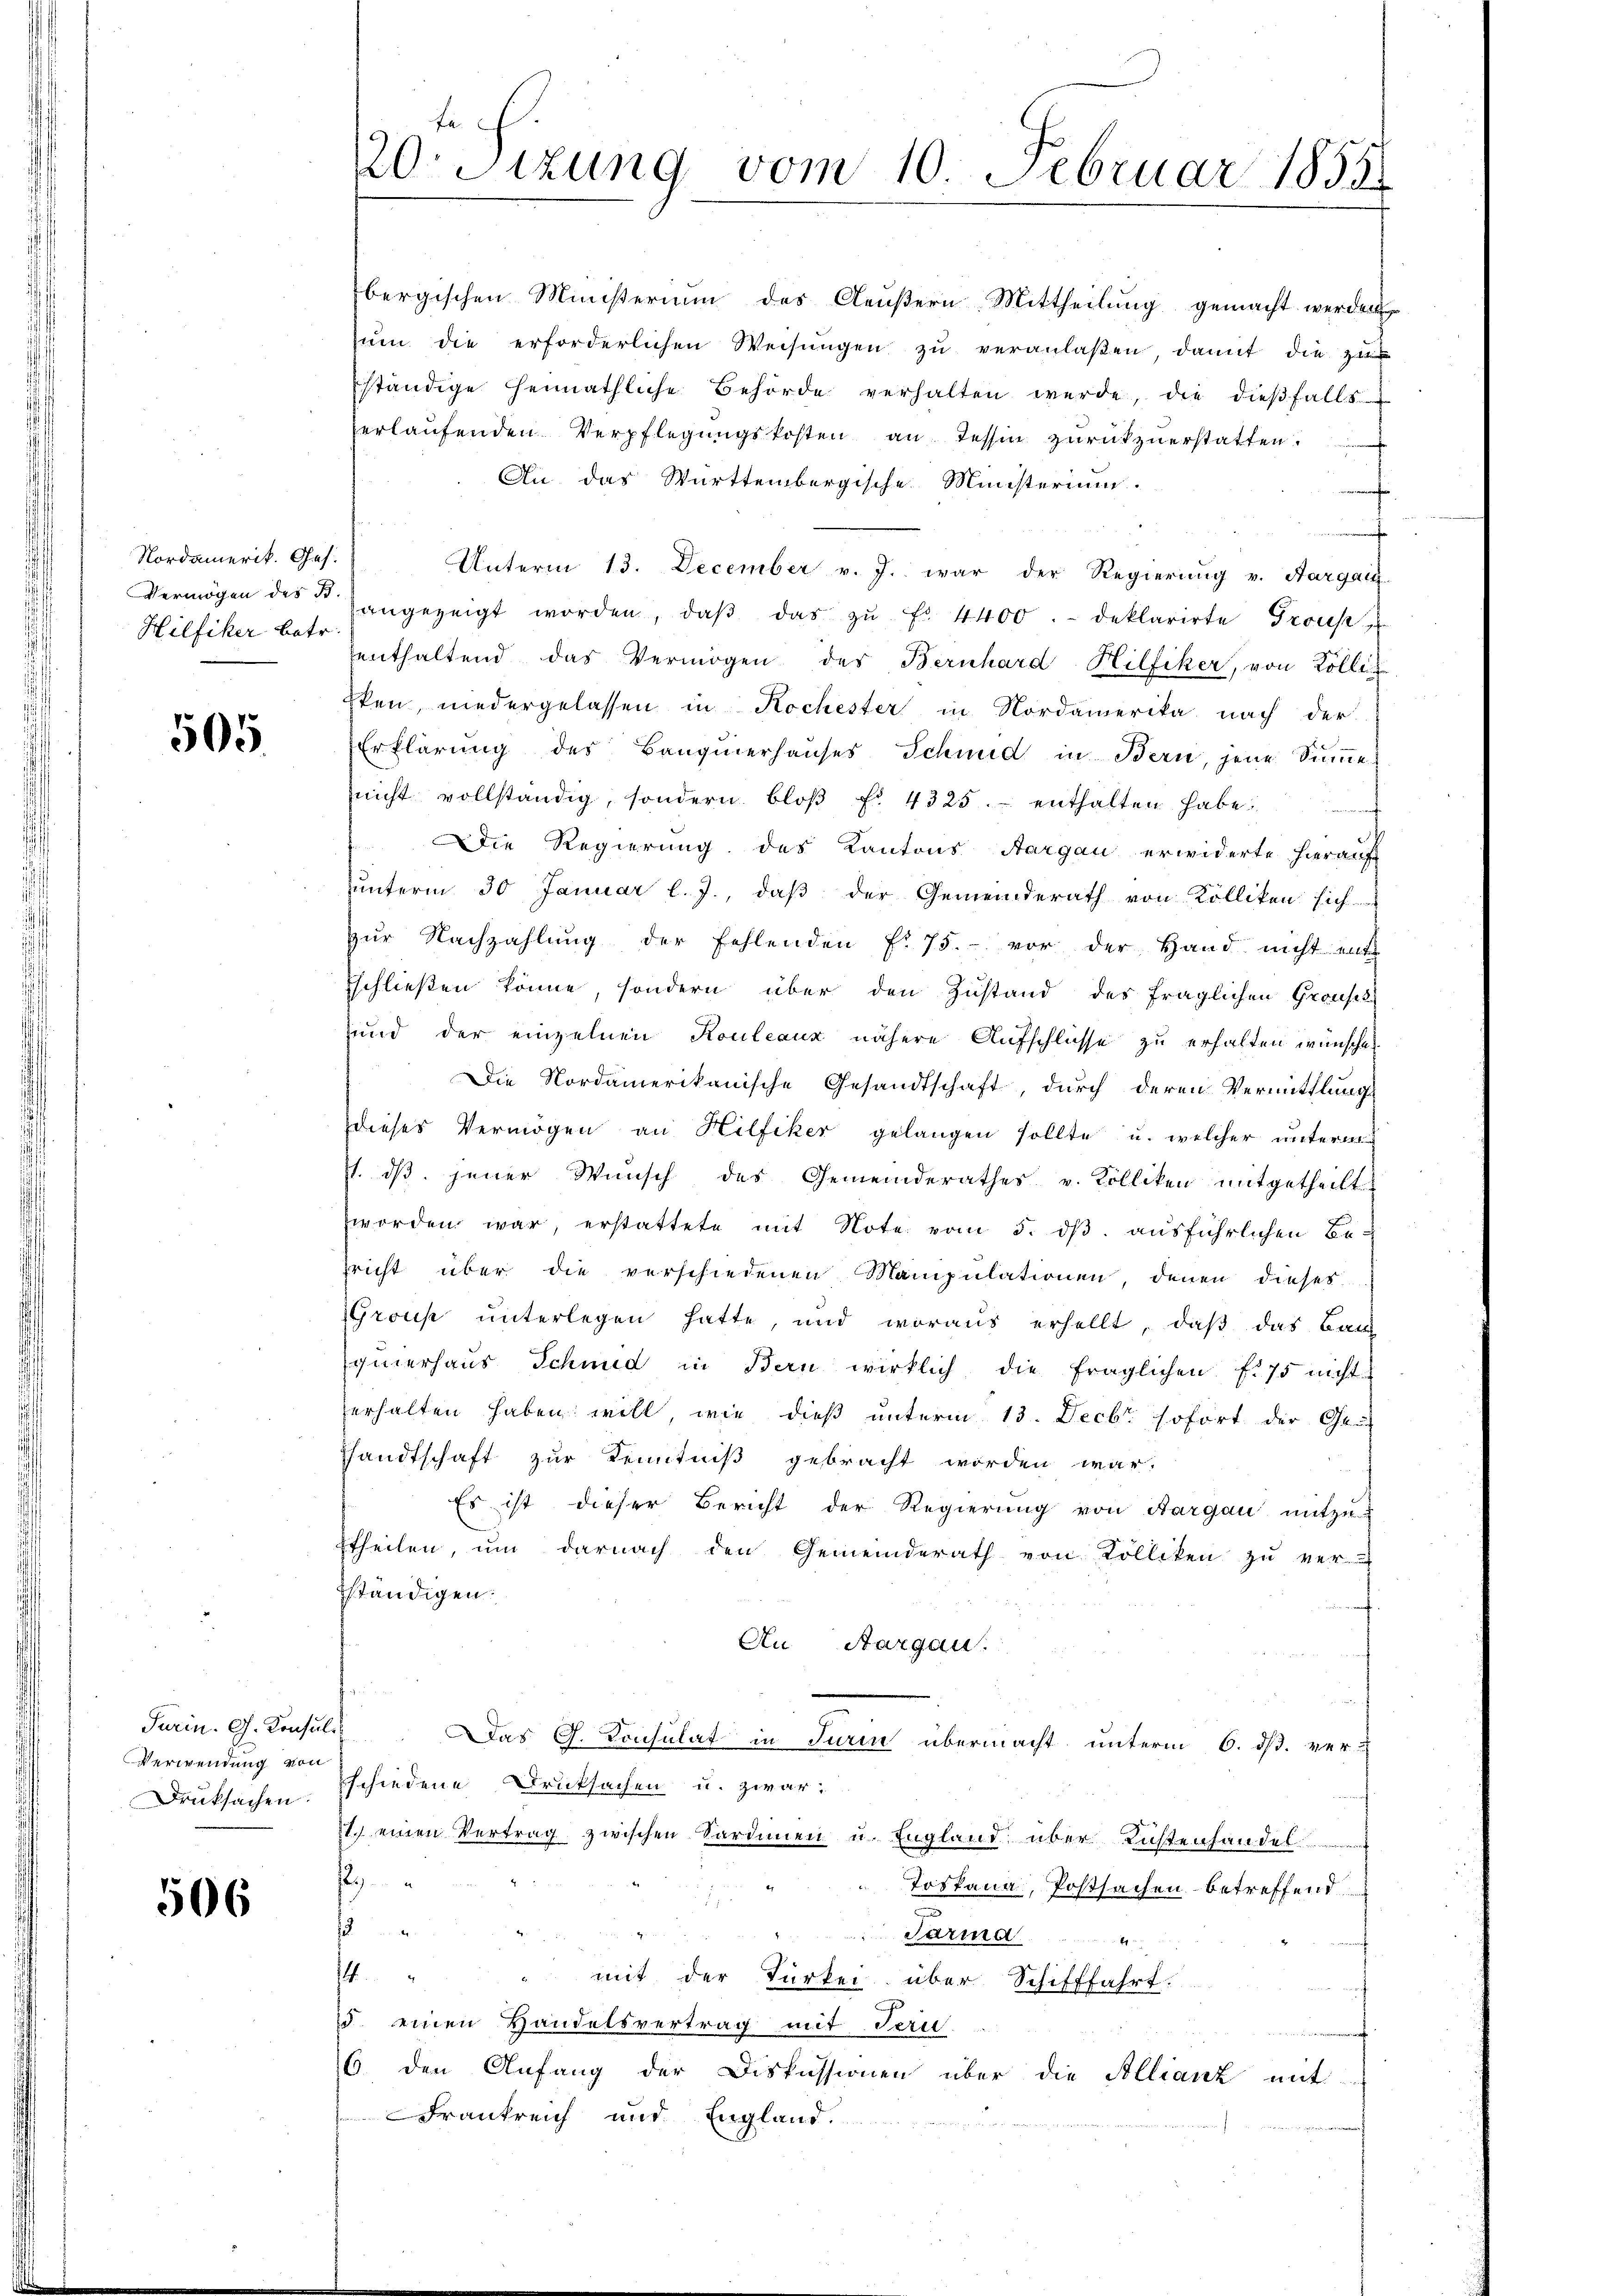
Nordamerik. Ges.
Hilfiker betr.

505.

Turin. G. Konsult
Verwendung von
Druksachen:

506

fe
20sizung vom 10. Februar 1858.

bergischen Ministerium des Aeŭβern Mittheilŭng gemacht werden
ŭm die erforderlichen Weisŭngen zŭ veranlaßen, damit die zu
ständige Heimathliche Behörde verhalten werde, die dieβfalls
erlaŭfenden Verpflegŭngskosten an Tessin zŭrückzuerstatten.
An das Württembergische Ministerium.
Unterm 13. December v. J. war der Regierung v. Aargau
Vermögen des angezeigt worden, daβ das zŭ Fr. 4400.- deklarirte Grons u
enthaltend das Vermögen des Bernhard Hilfiker, von Kolle
Eken, niedergelassen in Kochester in Nordamerika nach der
Erklärung des Banquierhauses Schmid in Bern, jene Summe
nicht vollständig, sondern bloβ f. 4325. enthalten habe,
Die Regierung des Kantons Aargau erwiderte hierauf
unterm 30 Januar l. J., daß der Gemeinderath von Kölliken sich
zŭr Nachzahlŭng der Fehlenden f. 75. vor der Hand nicht ent
schließen könne, sondern über den Zustand des fraglichen Grousek
und der einzelnen Kouleaux nähere Aufschlüsse zu erhalten wünsche
Die Nordamerikanische Gesandtschaft, durch deren Vermittlung
dieses Vermögen an Hilfiker gelangen sollte u. welcher unterm
. dβ jener Wunsch des Gemeinderathes u. Kolliken mitgetheilt
worden war, erstattete mit Note vom 5. ds. ausführlichen Befricht über die verschiedenen Manipulationen, denen dieses
Grons ŭnterlegen hatte, und woraus erhellt, daβ das Bau
quierhaus Schmid in Bern wirklich die fraglichen f. 75 nicht
erhalten haben will, wie dieß unterm 13. Decbr. sofort der Gru
sandtschaft zur Kenntniß gebracht worden war.
Es ist dieser Bericht der Regierung von Aargau mitzu
Etheilen, ŭm darnach den Gemeinderath von Kolliken zŭ ver-
ständigen:
An Aargau.
Das G. Consulat in Turin übermacht, unterm 6. ds. ver-
schiedene Druksachen u. zwar:
1.) einen Vertrag zwischen Sardinen u. England über Richtenhandel
2
Toskana, Postsachen betreffend
2
Tarina

4
" mit der Türkei über Schifffahrt.
5 einen Handelsvertrag mit Teru-
6 den Anfang der Diskussionen über die Allianz mit
Frankreich und England.